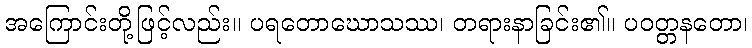
အကြောင်းတို့ဖြင့်လည်း။ ပရတောဃောသဿ၊ တရားနာခြင်း၏။ ပဝတ္တနတော၊